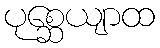
ပုစ္ဆေယျာထ